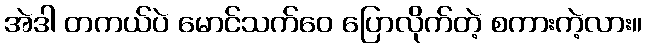
အဲဒါ တကယ်ပဲ မောင်သက်ဝေ ပြောလိုက်တဲ့ စကားကဲ့လား။